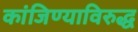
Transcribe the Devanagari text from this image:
कांजिण्याविरुद्ध